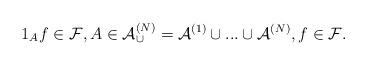
LaTeX: \begin{align*}1_{A}f\in\mathcal{F},A\in\mathcal{A}_{\cup}^{(N)}=\mathcal{A}^{(1)}\cup...\cup\mathcal{A}^{(N)},f\in\mathcal{F}.\end{align*}